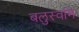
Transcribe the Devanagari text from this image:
बलुस्वमि